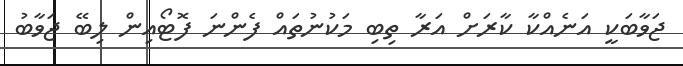
ޖަވާބަކީ އަނެއްކާ ކާރަށް އަރާ ތިބި މަކުނުތައް ފެންނަ ފޮޓޯއިން ލިބޭ ޖަވާބު